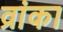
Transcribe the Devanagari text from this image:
व्रांका